Problem: 9 × 4 = ?
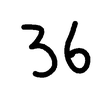
Handwritten answer: 36